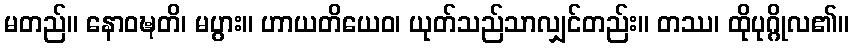
မတည်။ နောဝဍ္ဎတိ၊ မပွား။ ဟာယတိယေဝ၊ ယုတ်သည်သာလျှင်တည်း။ တဿ၊ ထိုပုဂ္ဂိုလ၏။